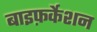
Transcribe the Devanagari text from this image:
बाइफ़र्केशन